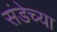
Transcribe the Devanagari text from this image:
संडेच्या